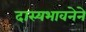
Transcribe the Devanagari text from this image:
दास्यभावनेने